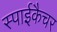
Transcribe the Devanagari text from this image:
स्पाईकैचर